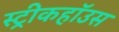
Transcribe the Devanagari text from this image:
स्ट्रीकहॉउस